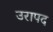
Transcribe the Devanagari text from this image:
उरापद